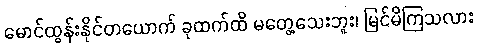
မောင်ထွန်းနိုင်တယောက် ခုထက်ထိ မတွေ့သေးဘူး၊ မြင်မိကြသလား